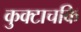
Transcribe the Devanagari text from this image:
कुक्टाचकि